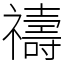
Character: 禱